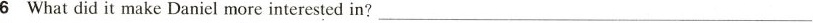
6 Whatdid it make Daniel more interested in? ___